Indian journal of veterinary science and animal husbandry - Volume 3,
Year: 1933
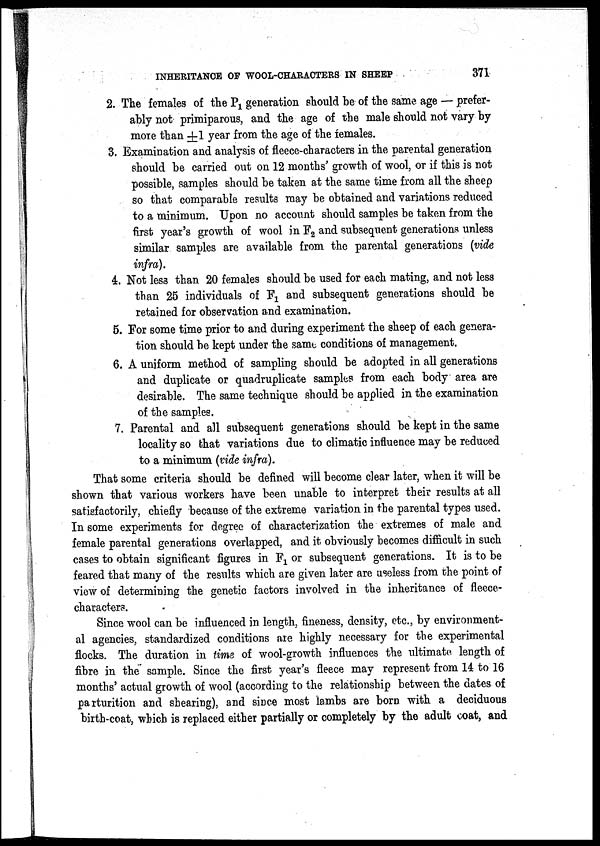
INHERITANCE OF WOOL-CHARACTERS IN SHEEP
371
2. The females of the P 1 generation should be of the same age — prefer-
ably not primiparous, and the age of the male should not vary by
more than ±1 year from the age of the females.
3. Examination and analysis of fleece-characters in the parental generation
should be carried out on 12 months' growth of wool, or if this is not
possible, samples should be taken at the same time from all the sheep
so that comparable results may be obtained and variations reduced
to a minimum. Upon no account should samples be taken from the
first year's growth of wool in F 2 and subsequent generations unless
similar samples are available from the parental generations (vide
infra).
4. Not less than 20 females should be used for each mating, and not less
than 25 individuals of F 1 and subsequent generations should be
retained for observation and examination.
5. For some time prior to and during experiment the sheep of each genera-
tion should be kept under the same conditions of management.
6. A uniform method of sampling should be adopted in all generations
and duplicate or quadruplicate samples from each body area are
desirable. The same technique should be applied in the examination
of the samples.
7. Parental and all subsequent generations should be kept in the same
locality so that variations due to climatic influence may be reduced
to a minimum (vide infra).
That some criteria should be defined will become clear later, when it will be
shown that various workers have been unable to interpret their results at all
satisfactorily, chiefly because of the extreme variation in the parental types used.
In some experiments for degree of characterization the extremes of male and
female parental generations overlapped, and it obviously becomes difficult in such
cases to obtain significant figures in F 1 or subsequent generations. It is to be
feared that many of the results which are given later are useless from the point of
view of determining the genetic factors involved in the inheritance of fleece-
characters.
Since wool can be influenced in length, fineness, density, etc., by environment-
al agencies, standardized conditions are highly necessary for the experimental
flocks. The duration in time of wool-growth influences the ultimate length of
fibre in the sample. Since the first year's fleece may represent from 14 to 16
months' actual growth of wool (according to the relationship between the dates of
parturition and shearing), and since most lambs are born with a deciduous
birth-coat, which is replaced either partially or completely by the adult coat, and